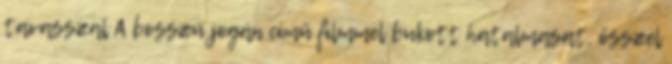
tavasszal A bosszú jogán című filmmel bukott hatalmasat, ősszel